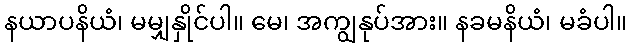
နယာပနိယံ၊ မမျှနှိုင်ပါ။ မေ၊ အကျွနုပ်အား။ နခမနိယံ၊ မခံပါ။